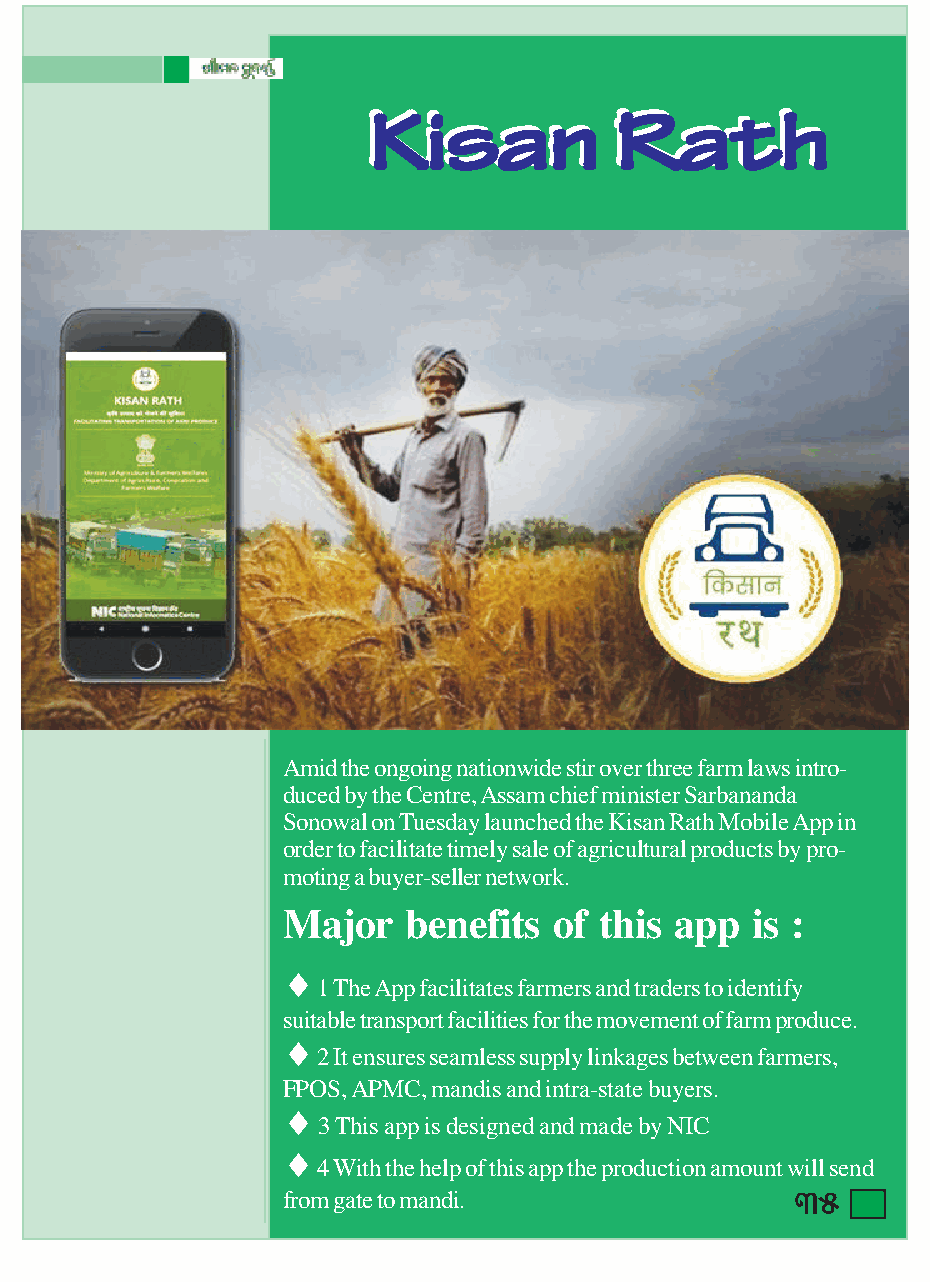
KKKKK KKKKKiiiii iiiiisssss sssssaaaaa aaaaannnnn nnnnn RRRRR RRRRRaaaaa aaaaattttt ttttthhhhh hhhhh
 Amid the ongoing nationwide stir over three farm laws intro-
 duced by the Centre, Assam chief minister Sarbananda
 Sonowal on Tuesday launched the Kisan Rath Mobile App in
 order to facilitate timely sale of agricultural products by pro-
 moting a buyer-seller network.
 Major   benefits  of this app  is :
 ♦
 1 The App facilitates farmers and traders to identify
 suitable transport facilities for the movement of farm produce.
 ♦
 2 It ensures seamless supply linkages between farmers,
 FPOS, APMC, mandis and intra-state buyers.
 ♦
 3 This app is designed and made by NIC
 ♦
 4 With the help of this app the production amount will send
 from gate to mandi.               35